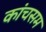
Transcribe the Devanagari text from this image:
कांचसम